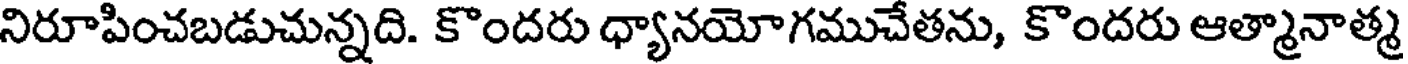
నిరూపించబడుచున్నది. కొందరు ధ్యానయోగముచేతను, కొందరు ఆత్మానాత్మ